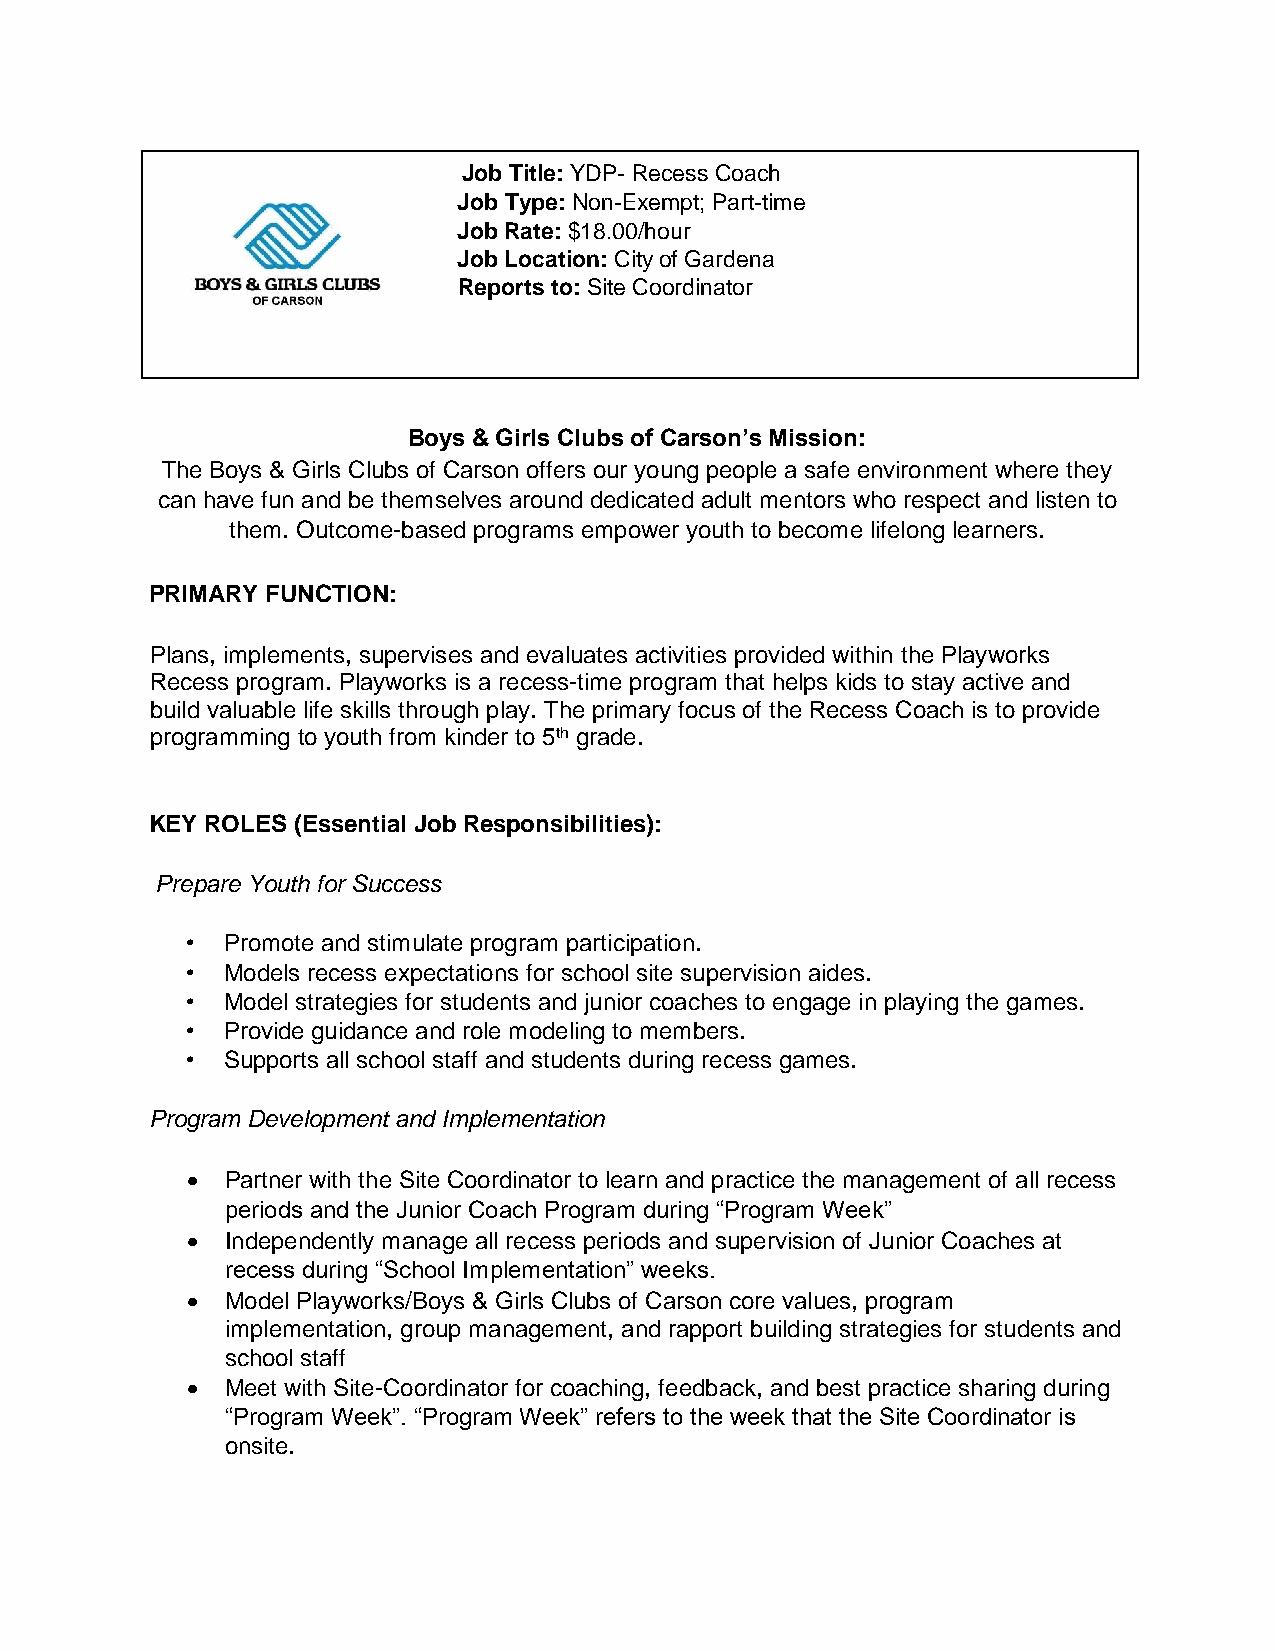
Job Title: YDP- Recess Coach
 Job Type: Non-Exempt; Part-time
 Job Rate: $18.00/hour
 Job Location: City of Gardena
 Reports to: Site Coordinator
 Boys & Girls Clubs of Carson’s Mission:
 The Boys & Girls Clubs of Carson offers our young people a safe environment where they
 can have fun and be themselves around dedicated adult mentors who respect and listen to
 them. Outcome-based programs empower youth to become lifelong learners.
 PRIMARY FUNCTION:
 Plans, implements, supervises and evaluates activities provided within the Playworks
 Recess program. Playworks is a recess-time program that helps kids to stay active and
 build valuable life skills through play. The primary focus of the Recess Coach is to provide
 programming to youth from kinder to 5th grade.
 KEY ROLES (Essential Job Responsibilities):
 Prepare Youth for Success
 •  Promote and stimulate program participation.
 •  Models recess expectations for school site supervision aides.
 •  Model strategies for students and junior coaches to engage in playing the games.
 •  Provide guidance and role modeling to members.
 •  Supports all school staff and students during recess games.
 Program Development and Implementation
   Partner with the Site Coordinator to learn and practice the management of all recess
 periods and the Junior Coach Program during “Program Week”
   Independently manage all recess periods and supervision of Junior Coaches at
 recess during “School Implementation” weeks.
   Model Playworks/Boys & Girls Clubs of Carson core values, program
 implementation, group management, and rapport building strategies for students and
 school staff
   Meet with Site-Coordinator for coaching, feedback, and best practice sharing during
 “Program Week”. “Program Week” refers to the week that the Site Coordinator is
 onsite.